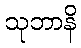
သုဘာနိ